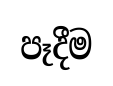
පෑදීම